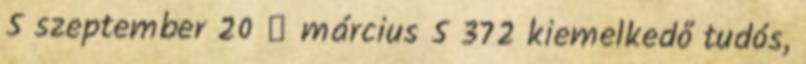
5 szeptember 20 ▼ március 5 372 kiemelkedő tudós,